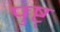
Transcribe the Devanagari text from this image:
पुष्ट्